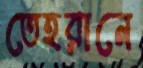
তেহরানে